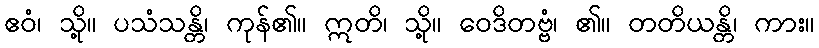
ဧဝံ၊ သို့။ ပသံသန္တိ၊ ကုန်၏။ ဣတိ၊ သို့။ ဝေဒိတဗ္ဗံ၊ ၏။ တတိယန္တိ၊ ကား။